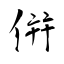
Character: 倂